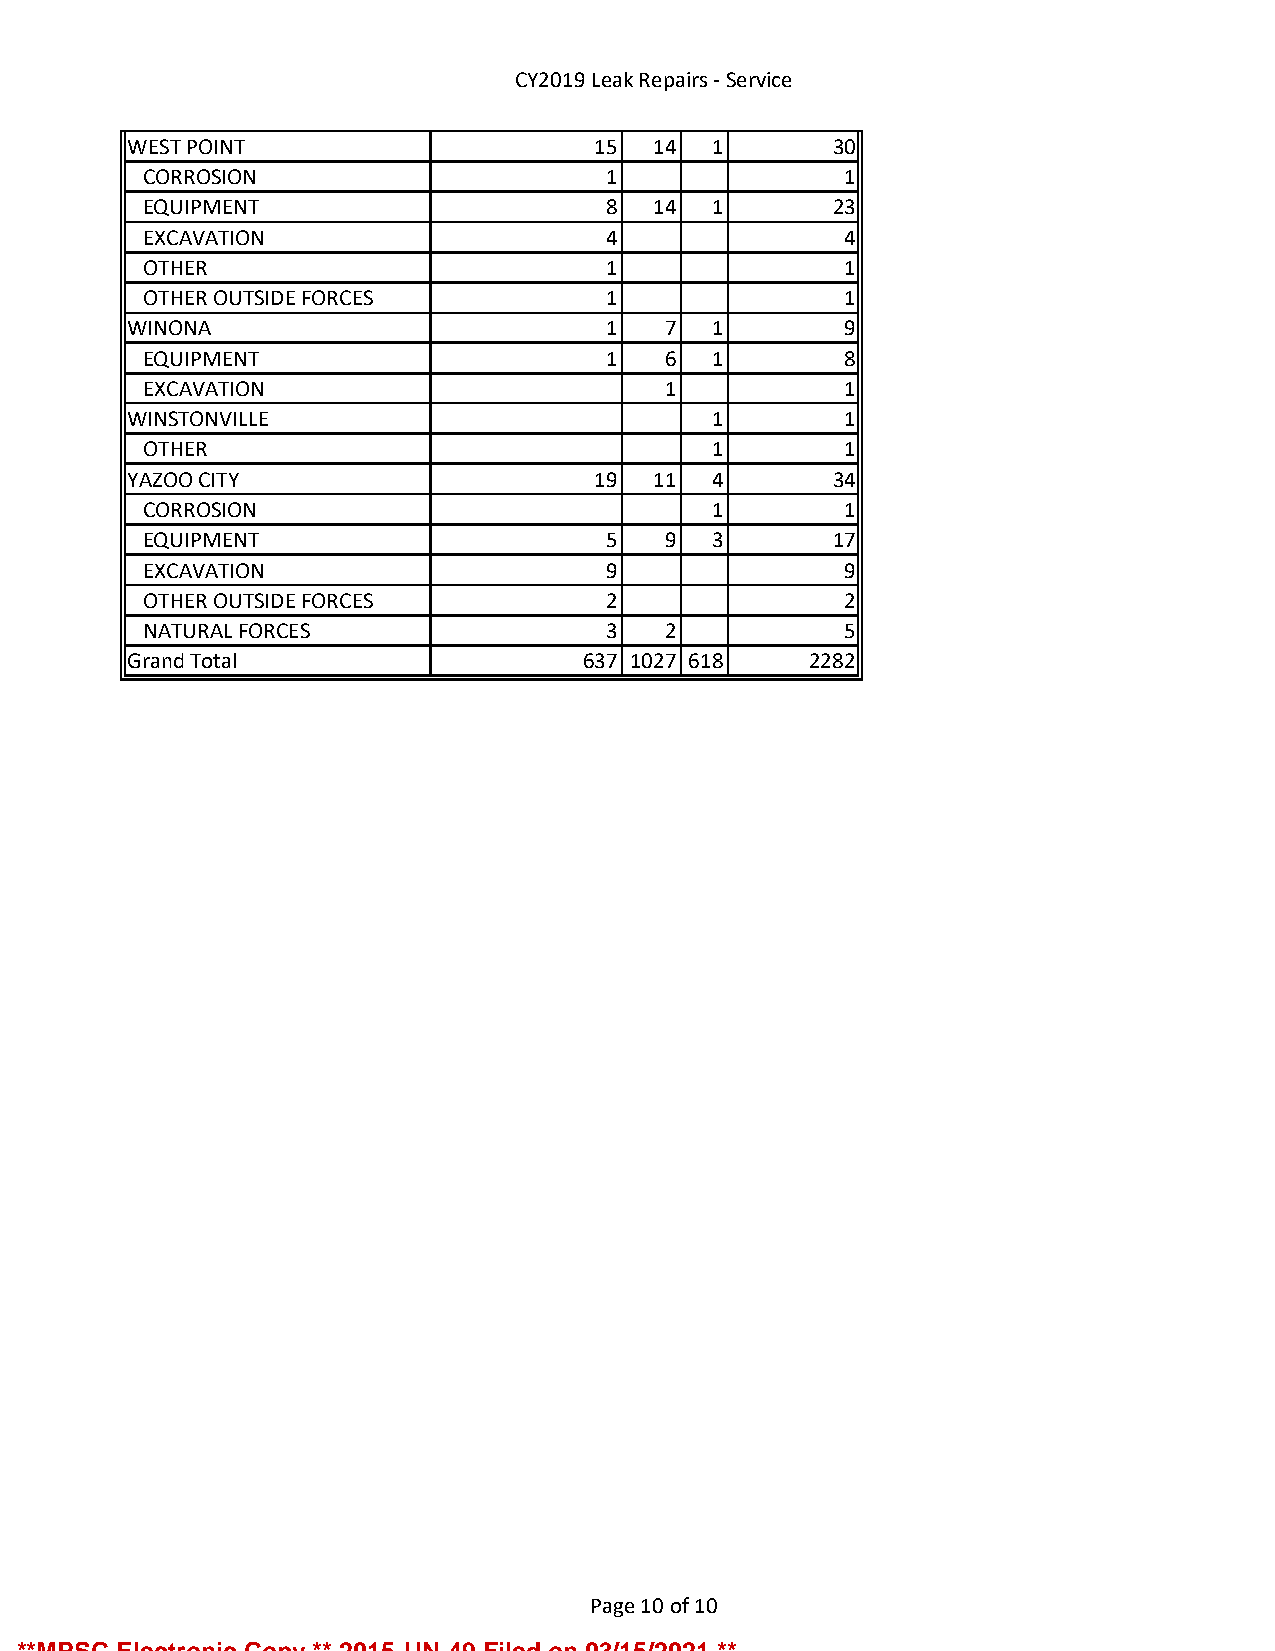
CY2019 Leak Repairs - Service
 WEST POINT                     15 14  1       30
 CORROSION                     1               1
 EQUIPMENT                     8  14  1       23
 EXCAVATION                    4               4
 OTHER                         1               1
 OTHER OUTSIDE FORCES          1               1
 WINONA                         1   7  1        9
 EQUIPMENT                     1   6  1        8
 EXCAVATION                        1           1
 WINSTONVILLE                          1        1
 OTHER                                1        1
 YAZOO CITY                     19 11  4       34
 CORROSION                            1        1
 EQUIPMENT                     5   9  3       17
 EXCAVATION                    9               9
 OTHER OUTSIDE FORCES          2               2
 NATURAL FORCES                3   2           5
 Grand Total                   637 1027 618   2282
 Page 10 of 10
 **MPSC Electronic Copy ** 2015-UN-49 Filed on 03/15/2021 **